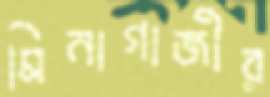
মিনাগাজীর